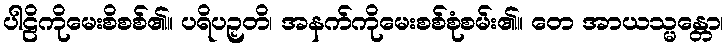
ပါဠိကိုမေးစိစစ်၏။ ပရိပဉှတိ၊ အနက်ကိုမေးစစ်စုံစမ်း၏။ တေ အာယသ္မန္တော၊